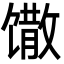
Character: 馓